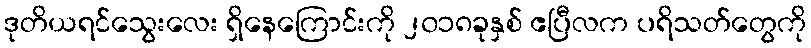
ဒုတိယရင်သွေးလေး ရှိနေကြောင်းကို ၂၀၁၈ခုနှစ် ဧပြီလက ပရိသတ်တွေကို